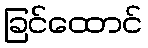
ခြင်ထောင်